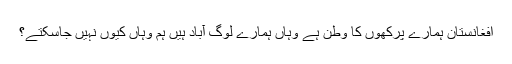
افغانستان ہمارے پرکھوں کا وطن ہے وہاں ہمارے لوگ آباد ہیں ہم وہاں کیوں نہیں جاسکتے؟